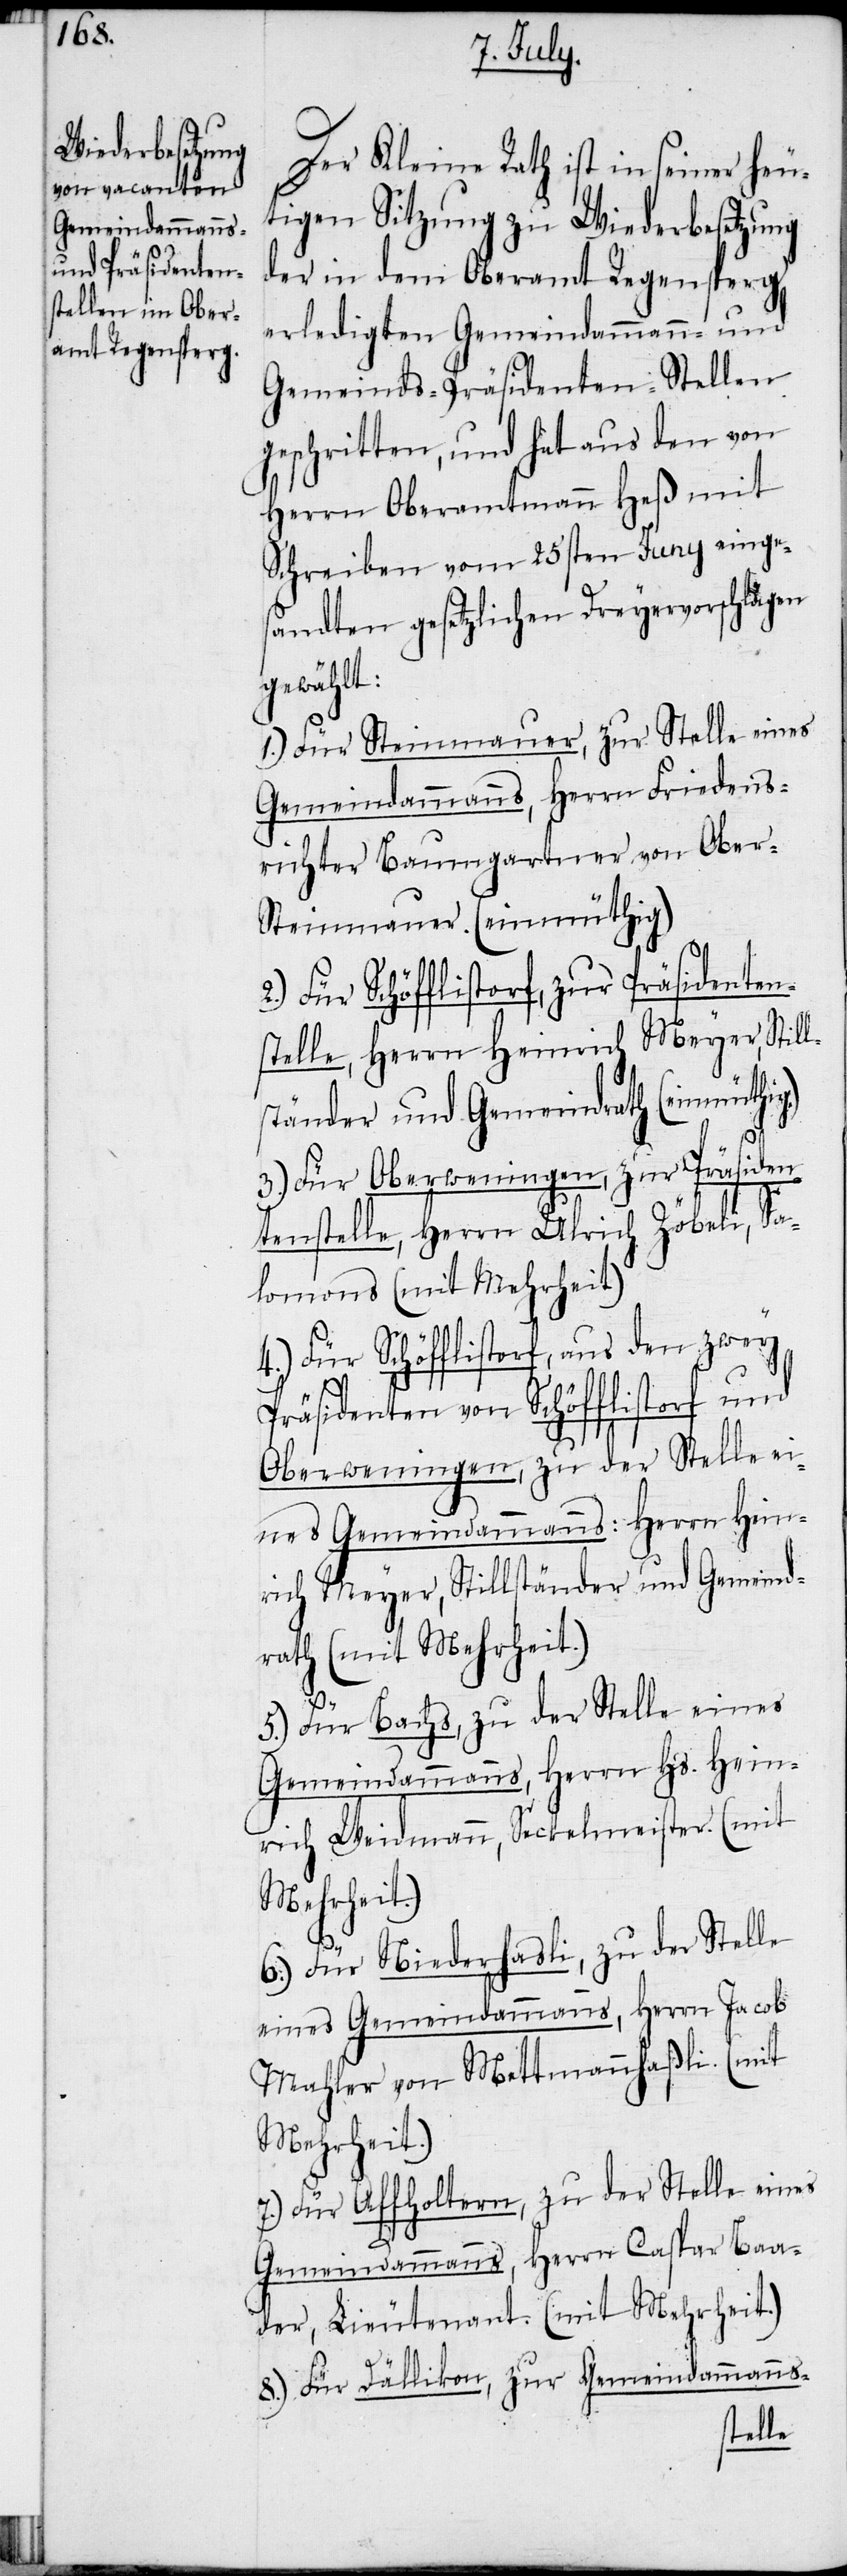
Der Kleine Rath ist in seiner heu¬
tigen Sitzung zu Wiederbesetzung
der in dem Oberamt Regensperg
erledigten Gemeindammann- und
Gemeinds-Präsidenten-Stellen
geschritten, und hat aus den von
Herrn Oberamtmann Heß mit
Schreiben vom 25sten Juny einges¬
andten gesetzlichen Dreyervorschlägen
gewählt:
1.) Für Steinmauer, zur Stelle eines
Gemeindammanns, Herrn Friedens¬
richter Baumgartner von Ober-S¬
teinmauer. (einmüthig)
Für Schöfflistorf, zur Präsidenten¬
stelle, Herrn Heinrich Meyer, Still¬
ständer und Gemeindrath (einmüthi¬
g.)
3.) Für Oberweningen, zur Präsiden¬
tenstelle, Herrn Ulrich Zöbeli, Sa¬
lomons (mit Mehrheit)
4.) Für Schöfflistorf, aus den zwey
Präsidenten von Schöfflistorf und
Oberweningen, zu der Stelle ei¬
nes Gemeindammanns: Herrn Hein¬
rich Meyer, Stillständer und Gemeind¬
rath (mit Mehrheit.)
5.) Für Bachs, zu der Stelle eines
Gemeindammanns, Herrn Hs. Hein¬
rich Weidmann, Seckelmeister. (mit
Mehrheit.)
6.) Für Niederhasli, zu der Stelle
eines Gemeindammanns, Herrn Jacob
Mahler von Mettmannhaßli. (mit
Mehrheit.)
7.) Für Affholtern, zu der Stelle eines
Gemeindammanns, Herrn Caspar Baa¬
der, Lieutenant. (mit Mehrheit.)
8.) Für Dällikon, zur Gemeindammanns-